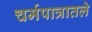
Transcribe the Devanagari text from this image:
चर्मपात्रातले